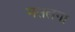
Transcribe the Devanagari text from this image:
मसलगा